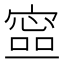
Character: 𡪕